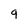
Character: 9